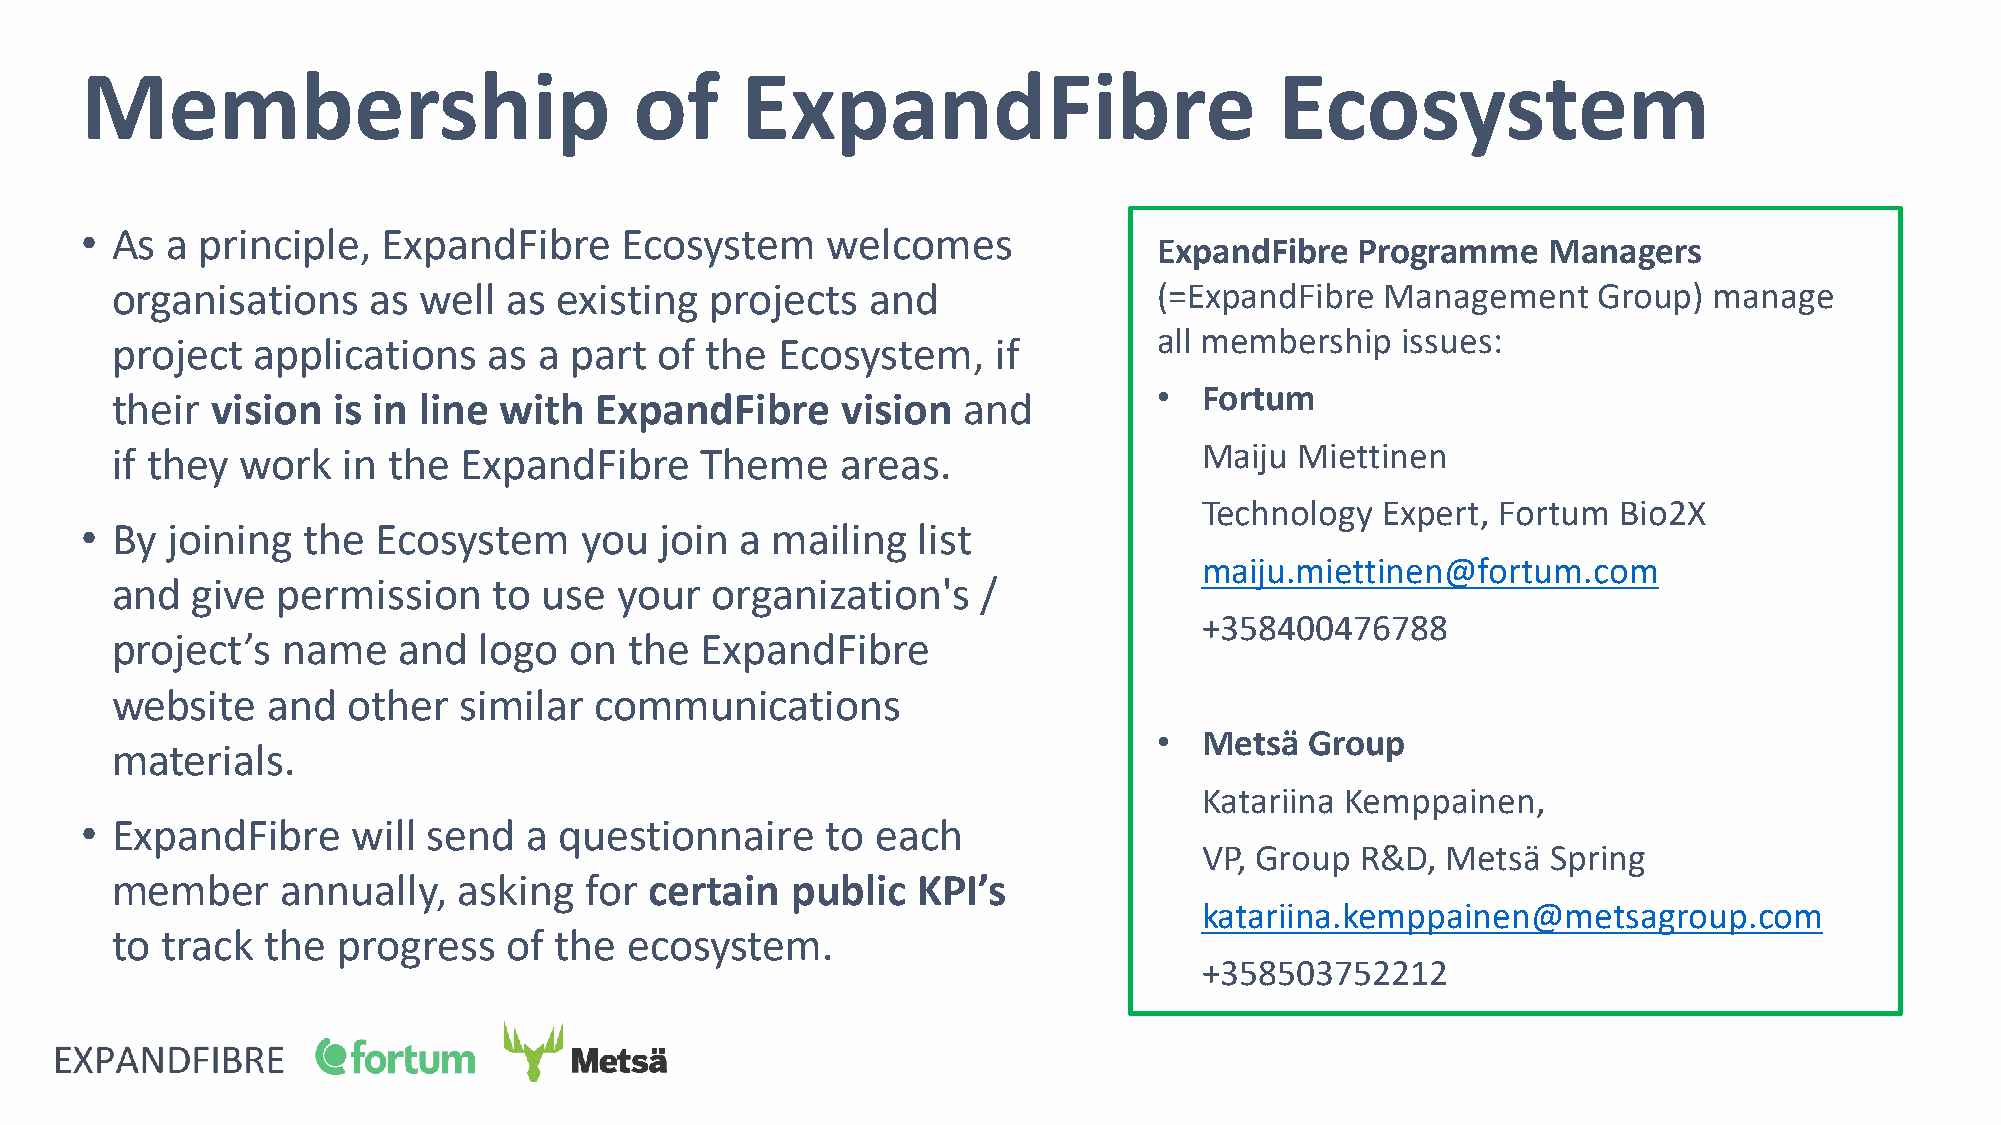
Membership                           of     ExpandFibre                         Ecosystem
 • As  a principle,  ExpandFibre     Ecosystem     welcomes
 ExpandFibre  Programme   Managers
 organisations    as  well  as existing  projects   and                (=ExpandFibre  Management    Group) manage
 all membership  issues:
 project   applications   as  a part  of the  Ecosystem,    if
 •  Fortum
 their  vision  is in line with  ExpandFibre      vision  and
 if they  work   in the ExpandFibre     Theme     areas.                  Maiju Miettinen
 Technology Expert, Fortum  Bio2X
 • By  joining  the  Ecosystem    you   join a mailing   list
 maiju.miettinen@fortum.com
 and   give permission     to use  your  organization's    /
 +358400476788
 project’s   name   and   logo  on  the ExpandFibre
 website    and  other  similar  communications
 •  Metsä  Group
 materials.
 Katariina Kemppainen,
 • ExpandFibre     will send   a questionnaire     to each
 VP, Group R&D,  Metsä  Spring
 member      annually,  asking   for certain  public   KPI’s
 katariina.kemppainen@metsagroup.com
 to  track the  progress    of the  ecosystem.
 +358503752212